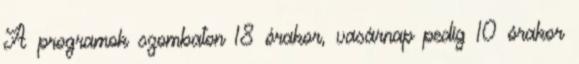
A programok szombaton 18 órakor, vasárnap pedig 10 órakor